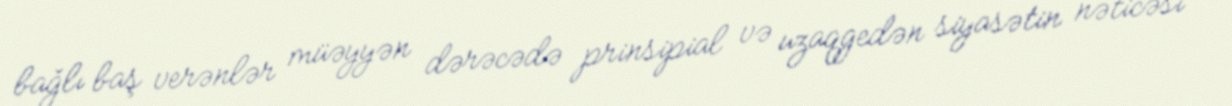
bağlı baş verənlər müəyyən dərəcədə prinsipial və uzaqgedən siyasətin nəticəsi